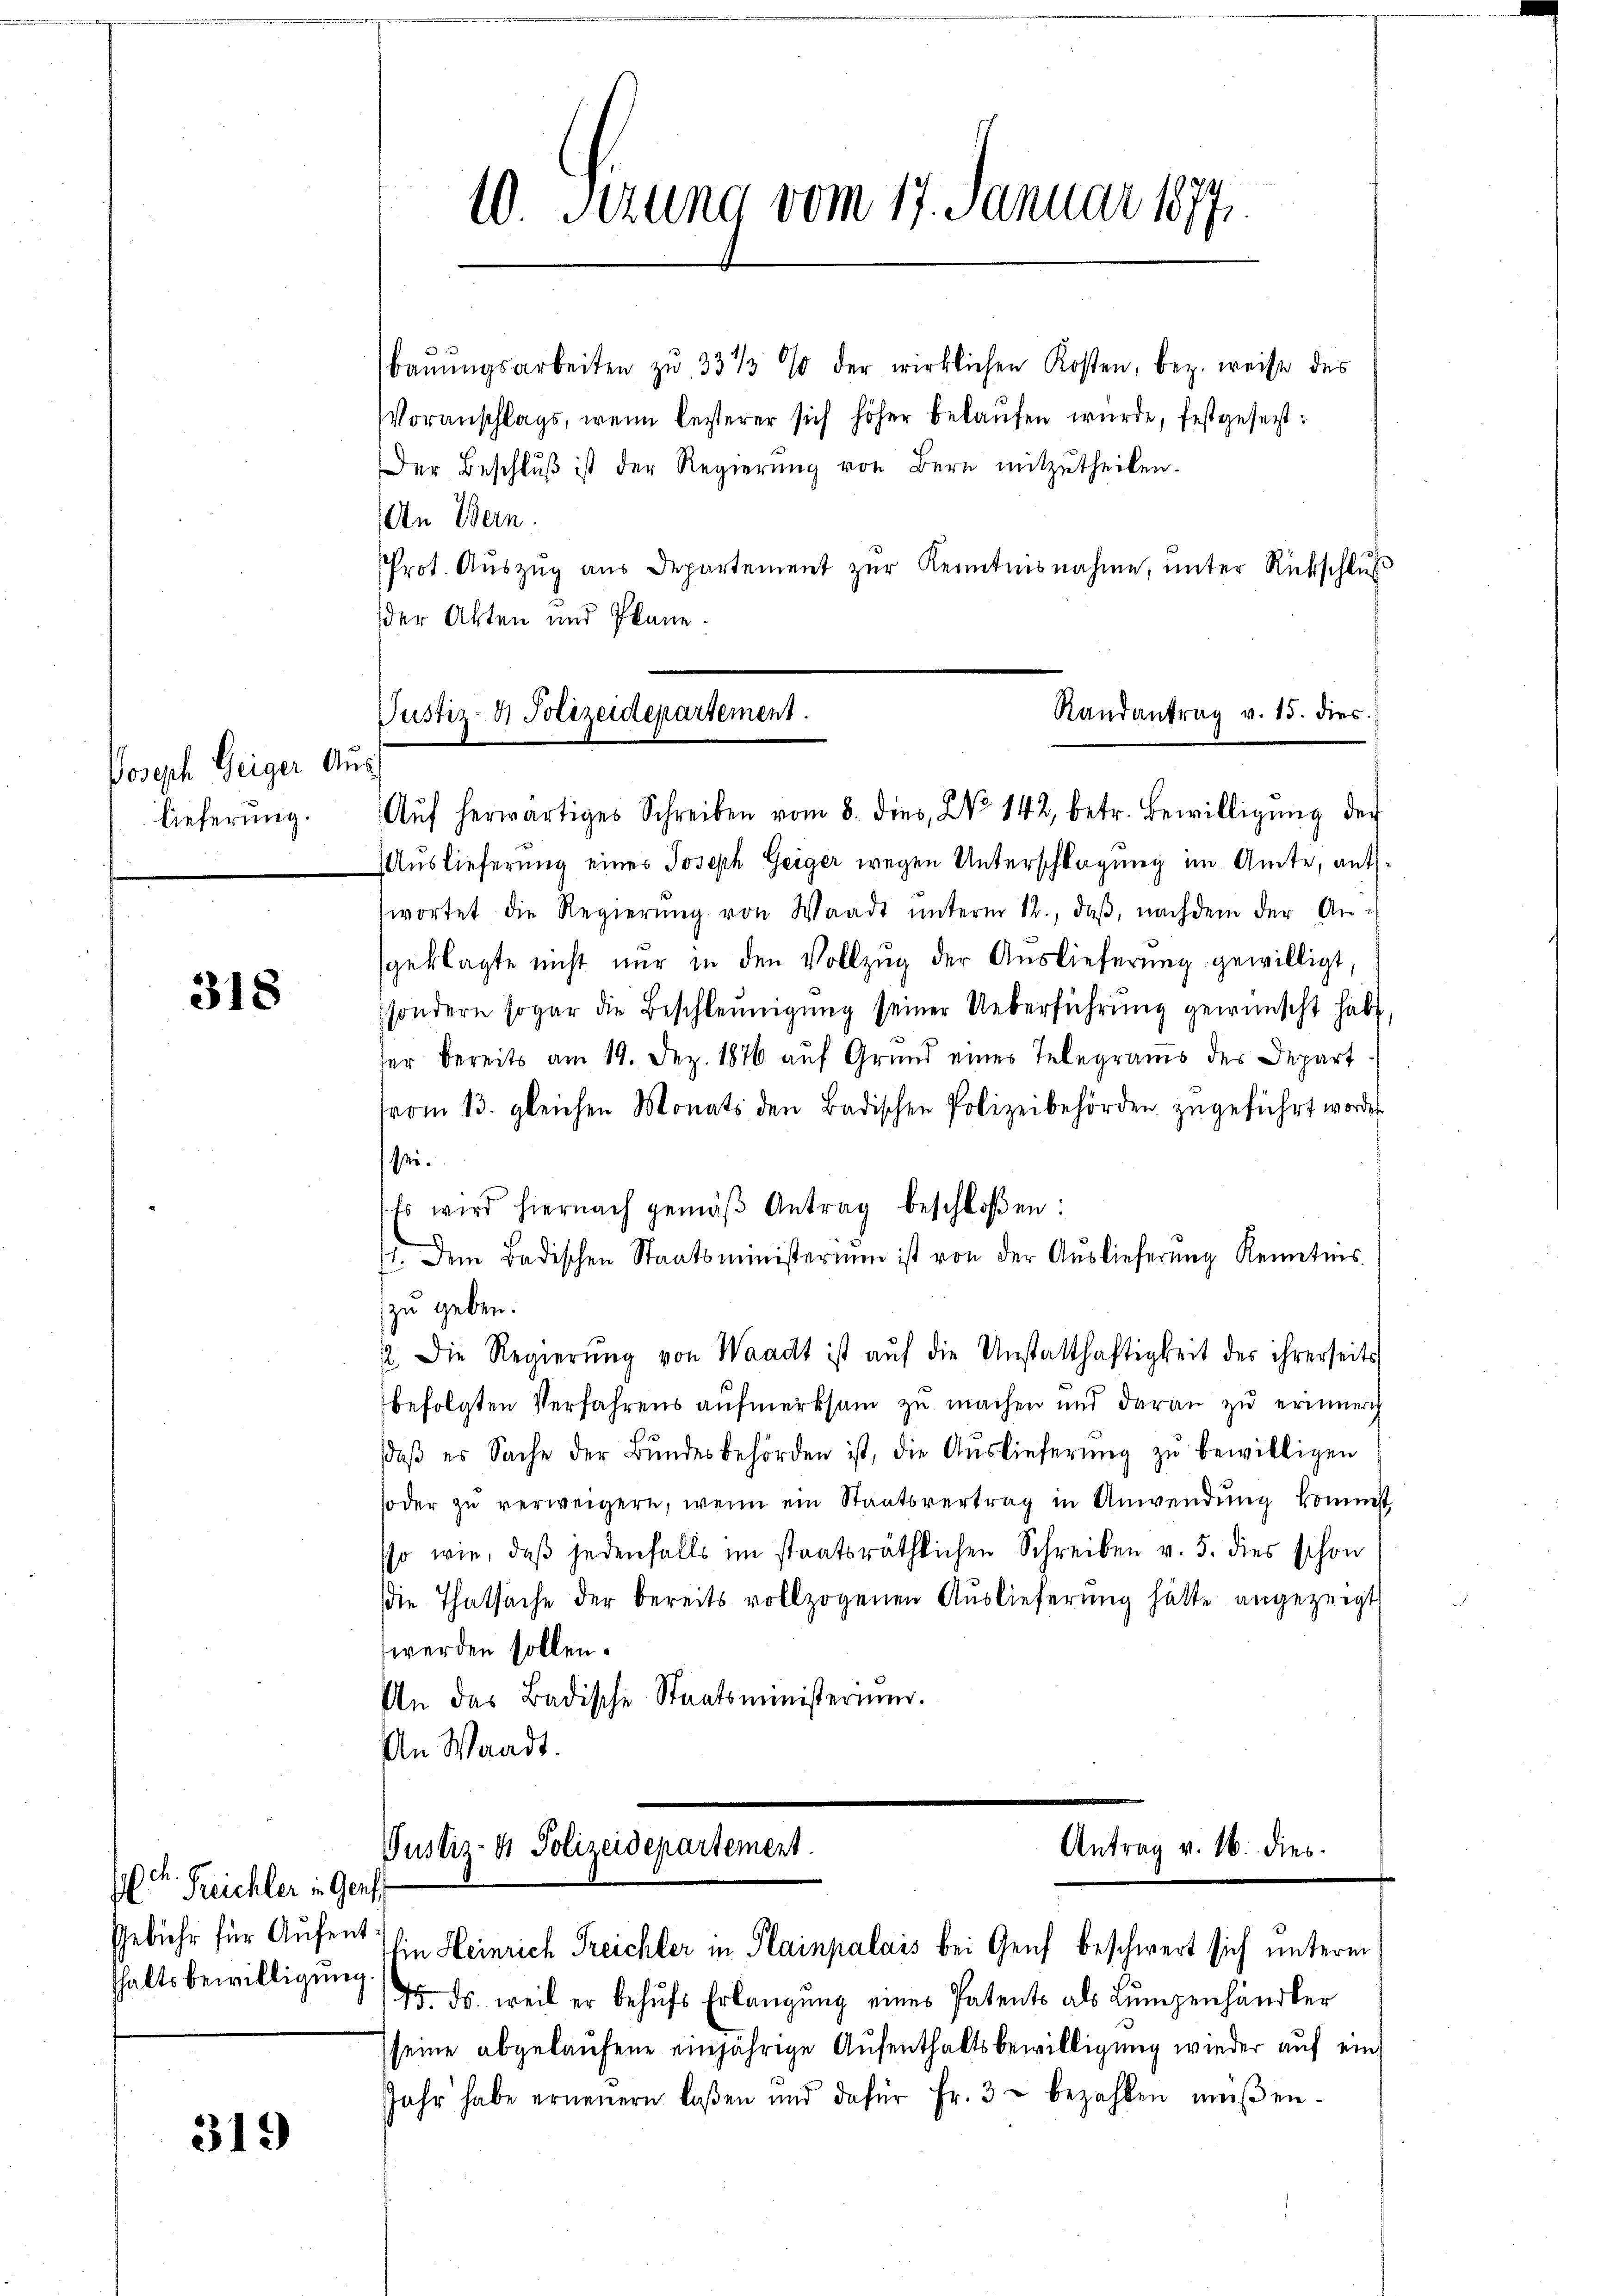
Joseph Geiger Auslieferung.

318

P. Freichler in Genf
Gebühr für Aufent
hhaltsbewilligung

319

10 Sezung vom 17. Januar 1877.

baŭŭngsarbeiten zu 33 1/2 % der wirklichen Kosten, bez. weise des
Voranschlags, wenn besterer sich höher belaufen wurde, festgesetzt:
Der Beschlŭβ ist der Regierŭng von Bern mitzŭtheilen.
An Bern.
Prot. Aŭszŭg aŭs Departement zŭr Kenntnisnahme, ŭnter Rückschlŭβ
der Akten und Pläne.

Randantrag v. 15. dies
Justiz- & Polizeidepartement.
Aŭf herwärtiges Schreiben vom 8. dies, No 142, betr. Bewilligŭng der

Auslieferung eines Joseph Geiger wegen Unterschlagung im Amte, antwortet die Regierŭng von Waadt ŭnterm 12., daß, nachdem der Angeklagte nicht nur in den Vollzŭg der Aŭslieferŭng gewilligt,
ssondern sogar die Beschleunigung seiner Ueberführung gewünscht habe,
ser bereits am 19. Dez. 1876 auf Grund eines Telegrams der Depart
vom 13. gleichen Monats den Badischen Polizeibehörden zugeführt worden
sei.
Es wird hiernach gemäβ Antrag beschloßen:
1. Dem Badischen Staatsministerium ist von der Auslieferung Kenntnis.
zu geben.
2. Die Regierŭng von Waadt ist aŭf die Unstatthaftigkeit des ihrerseits
befolgten Verfahrens aufmerksam zu machen und daran zu erinnern
daβ es Sache der Bŭndesbehörden ist, die Aŭslieferŭng zŭ bewilligen
soder zŭ verweigern, wenn ein Staatsvertrag in Anwendŭng kommst
so wie, daß jedenfalls im staatsräthlichen Schreiben v. 5. dies schon
die Thatsache der bereits vollzogenen Auslieferung hätte angezeigt
werden sollen.
An das Badische Staatsministerium.
An Waadt.

Justiz- & Polizeidepartement
Ein Heinrich Treichter in Plainpalais bei Genf beschwert sich unterm

Antrag v. 16. dies

5. ds. weil er behufs Erlangung eines Patents als Lumpenhändler
seine abgelaŭfene einjährige Aŭfenthaltsbewilligung wieder auf ein
Jahr habe erneuern laßen und dafür Fr. 3 bezahlen müßen¬